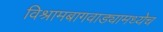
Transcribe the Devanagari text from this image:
विश्रामबागवाड्यामध्येच